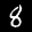
Label: 8